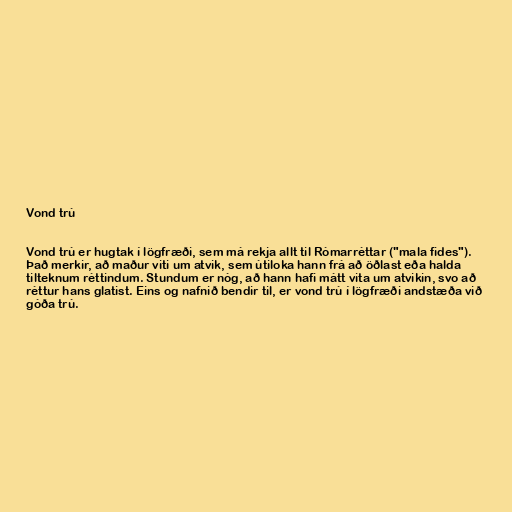
Vond trú

Vond trú er hugtak í lögfræði, sem má rekja allt til Rómarréttar ("mala fides").
Það merkir, að maður viti um atvik, sem útiloka hann frá að öðlast eða halda
tilteknum réttindum. Stundum er nóg, að hann hafi mátt vita um atvikin, svo að
réttur hans glatist. Eins og nafnið bendir til, er vond trú í lögfræði andstæða við
góða trú.